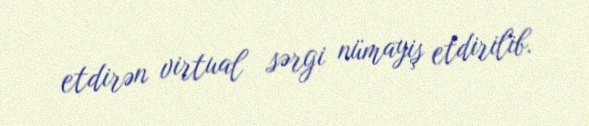
etdirən virtual sərgi nümayiş etdirilib.